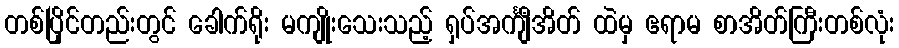
တစ်ပြိုင်တည်းတွင် ခေါက်ရိုး မကျိုးသေးသည့် ရှပ်အင်္ကျီအိတ် ထဲမှ ဧရာမ စာအိတ်ကြီးတစ်လုံး